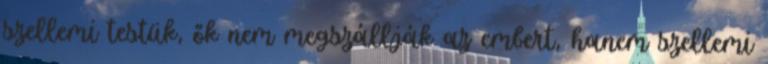
szellemi testük, ők nem megszállják az embert, hanem szellemi